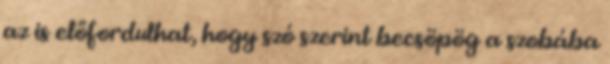
az is előfordulhat, hogy szó szerint becsöpög a szobába